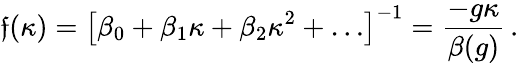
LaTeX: \mathfrak{f}(\kappa)=\left[\beta_{0}+\beta_{1}\kappa+\beta_{2}\kappa^{2}+\ldots\right]^{-1}=\frac{{-g\kappa}}{{\beta(g)}}\, .